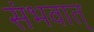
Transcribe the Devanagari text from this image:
संभवात्‌